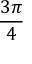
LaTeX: \frac { 3 \pi } { 4 }